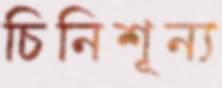
চিনিশূন্য